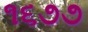
૧૬૭૭